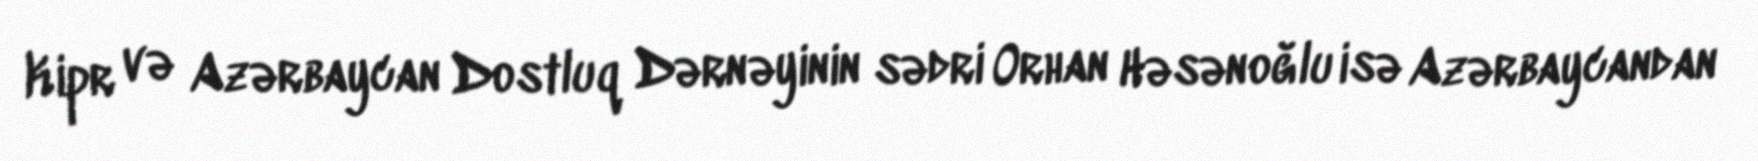
Kipr və Azərbaycan Dostluq Dərnəyinin sədri Orhan Həsənoğlu isə Azərbaycandan